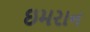
ઇમરાન